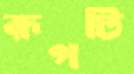
রূপটি